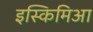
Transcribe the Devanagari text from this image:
इस्किमिआ